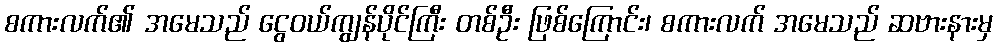
စကားလက်၏ အမေသည် ငွေဝယ်ကျွန်ပိုင်ကြီး တစ်ဦး ဖြစ်ကြောင်း၊ စကားလက် အမေသည် ဆဗားနားမှ